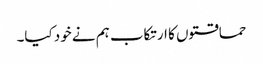
حماقتوں کا ارتکاب ہم نے خود کیا۔